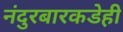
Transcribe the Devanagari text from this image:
नंदुरबारकडेही